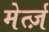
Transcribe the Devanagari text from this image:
मेर्त्ज़